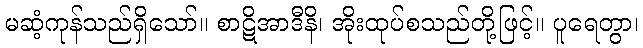
မဆံ့ကုန်သည်ရှိသော်။ စာဋိအာဒီနိ၊ အိုးထုပ်စသည်တို့ဖြင့်။ ပူရေတွာ၊